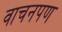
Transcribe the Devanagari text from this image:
वाचनपण